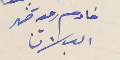
خادم رعِة ضهر البلان